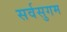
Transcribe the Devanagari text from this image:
सर्वसुगम